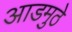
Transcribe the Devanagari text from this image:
आडमुठे